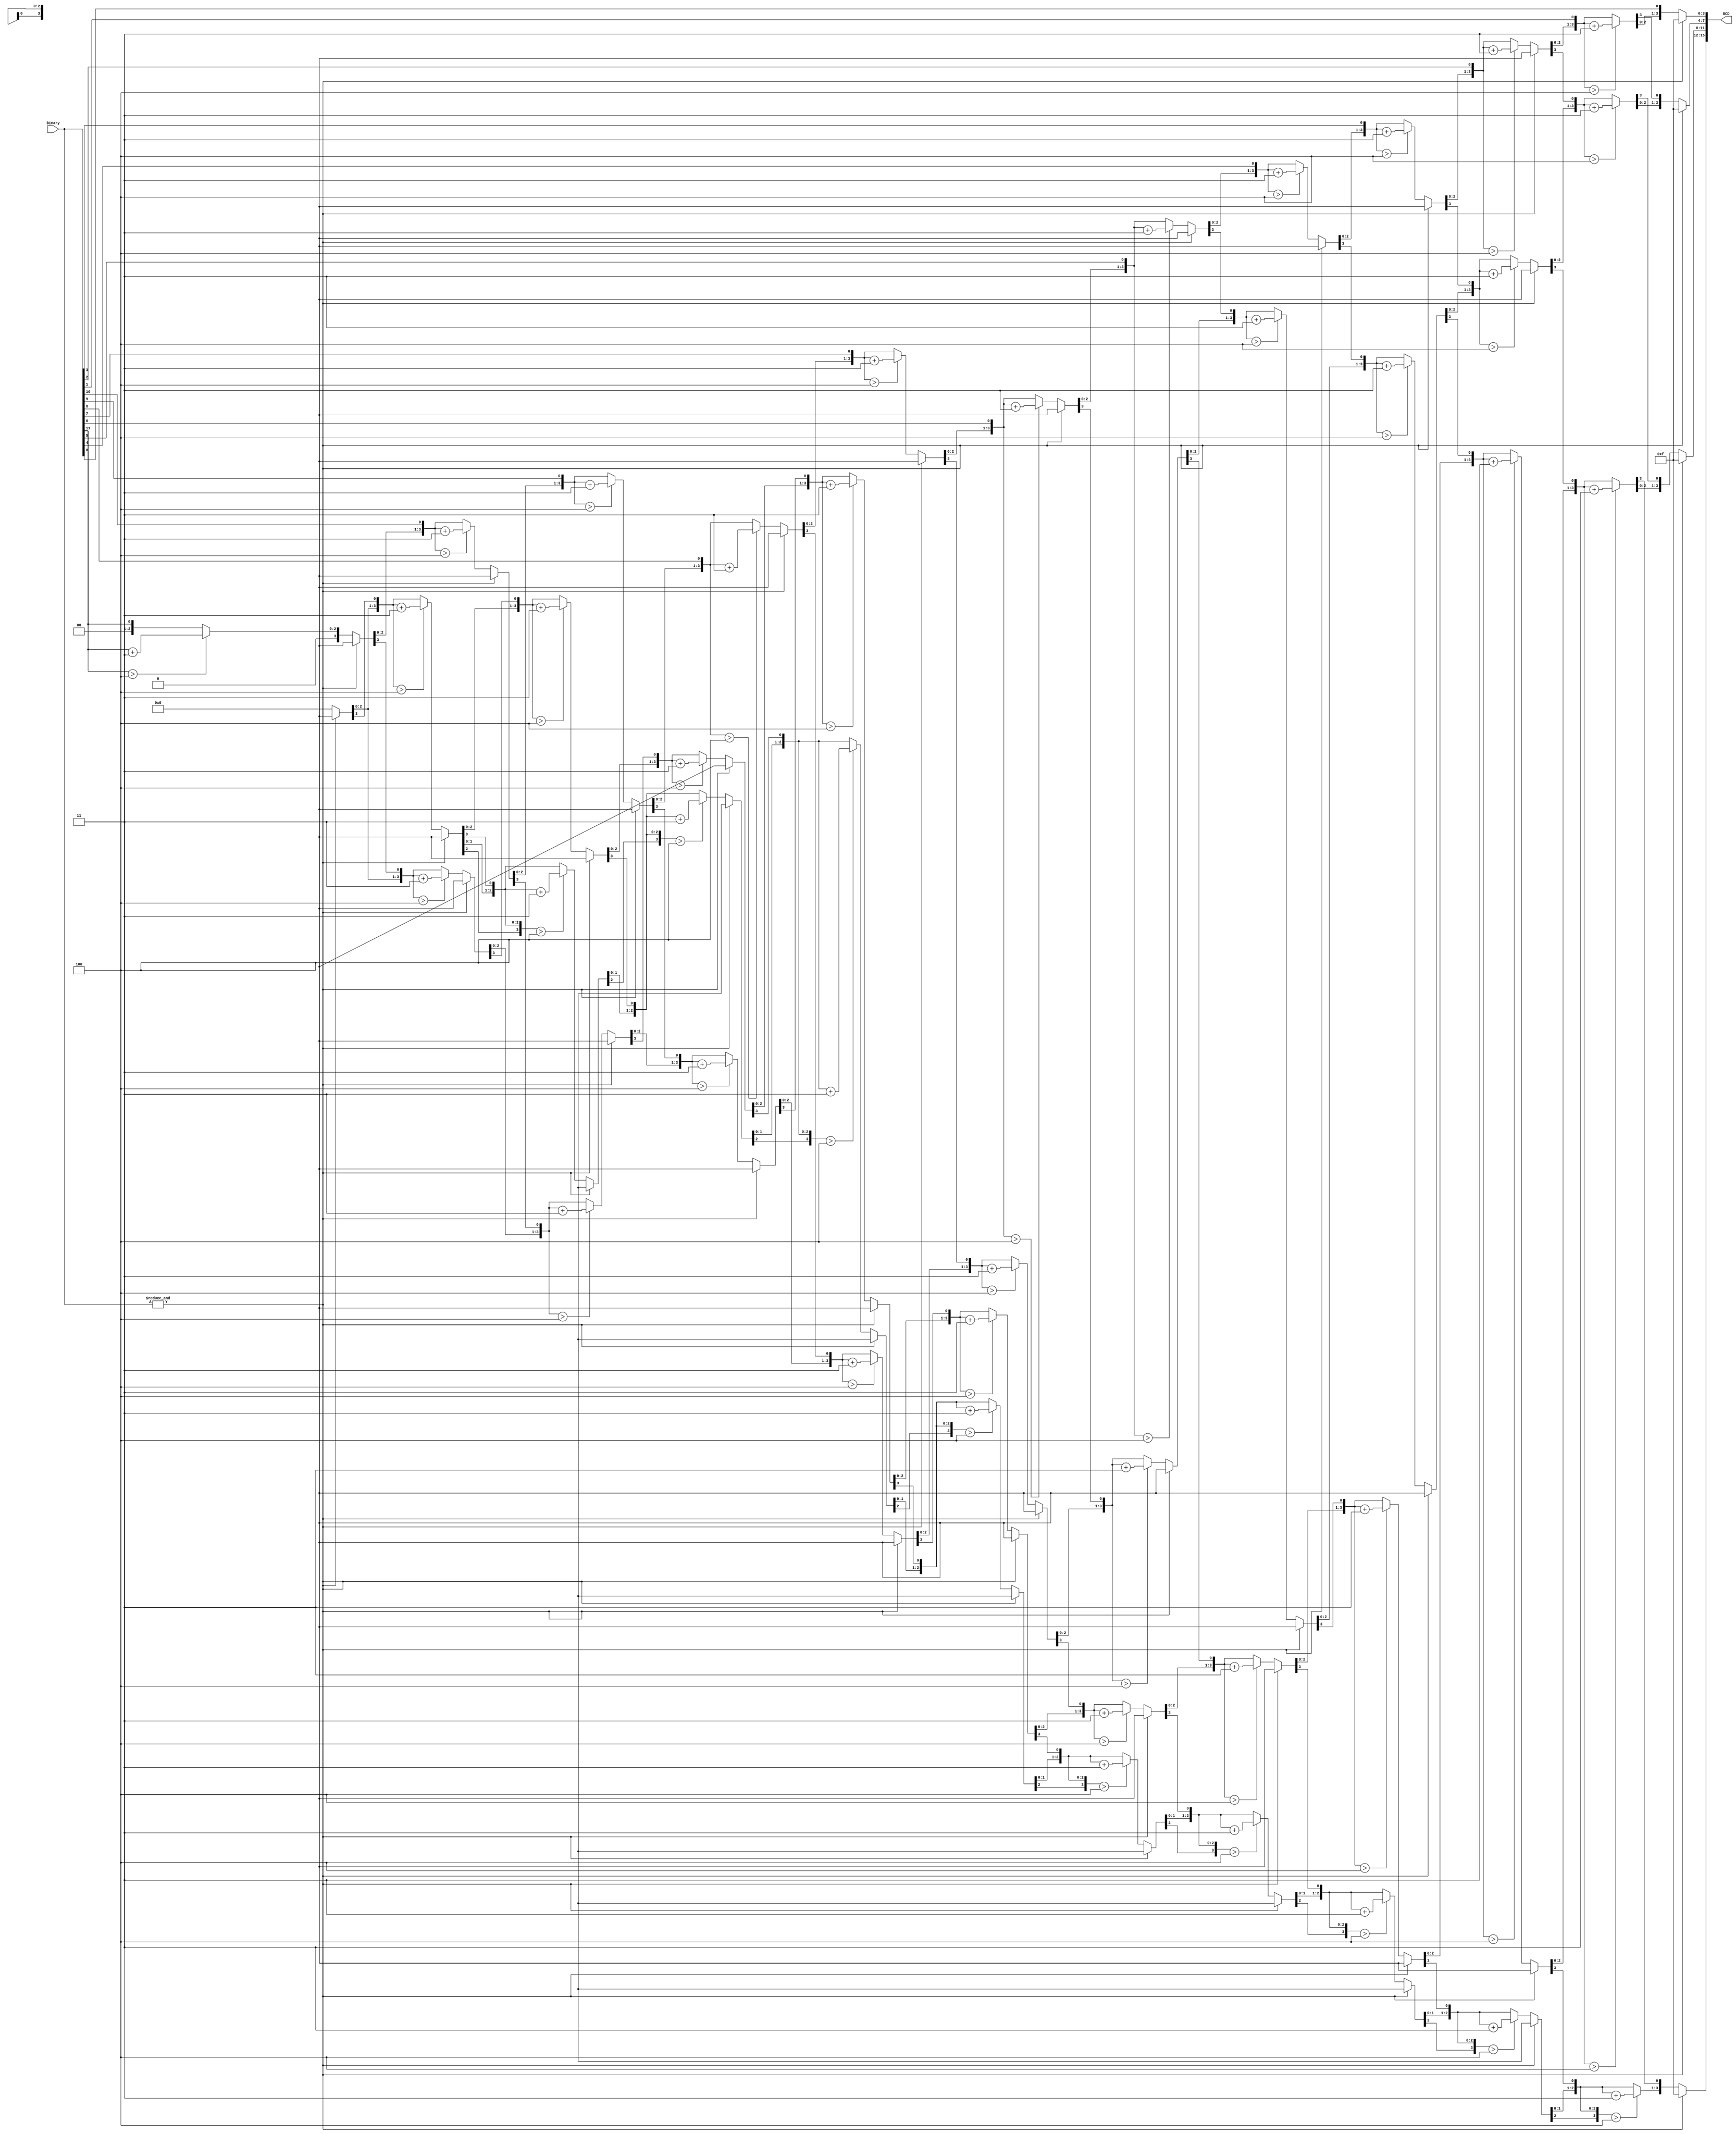
		
//		Module			:	Binary To TEMP Converter
//		Description		:	Converts 12 bit binary to 4 digit TEMP
//		
//		Owner				:	Ahsen Topba

module Bin2BCD_4D(
	
		input wire[11:0] Binary,
		output reg [15:0] BCD		
);

reg [3:0] i;

always @(Binary) begin
	if(~&Binary)
		begin
			BCD = 0;
				for (i = 4'b0; i < 12; i = i+4'd1)
					begin
						 BCD = {BCD[14:0],Binary[11-i]};
								
						 if(i < 11 && BCD[3:0] > 4) 
							  BCD[3:0] = BCD[3:0] + 4'd3;
						 if(i < 11  && BCD[7:4] > 4)
							  BCD[7:4] = BCD[7:4] + 4'd3;
						 if(i < 11 && BCD[11:8] > 4)
							  BCD[11:8] = BCD[11:8] + 4'd3;
						 if(i < 11 && BCD[15:12] > 4)
							  BCD[15:12] = BCD[15:12] + 4'd3;
					end
		end 
	else BCD = 16'hFFFF;
end
endmodule